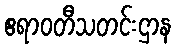
ဧရာဝတီသတင်းဌာန